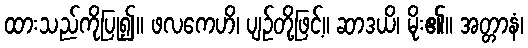
ထားသည်ကိုပြု၍။ ဖလကေဟိ၊ ပျဉ်တို့ဖြင့်။ ဆာဒယိ၊ မိုး၏။ အတ္တာနံ၊